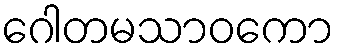
ဂေါတမသာဝကော